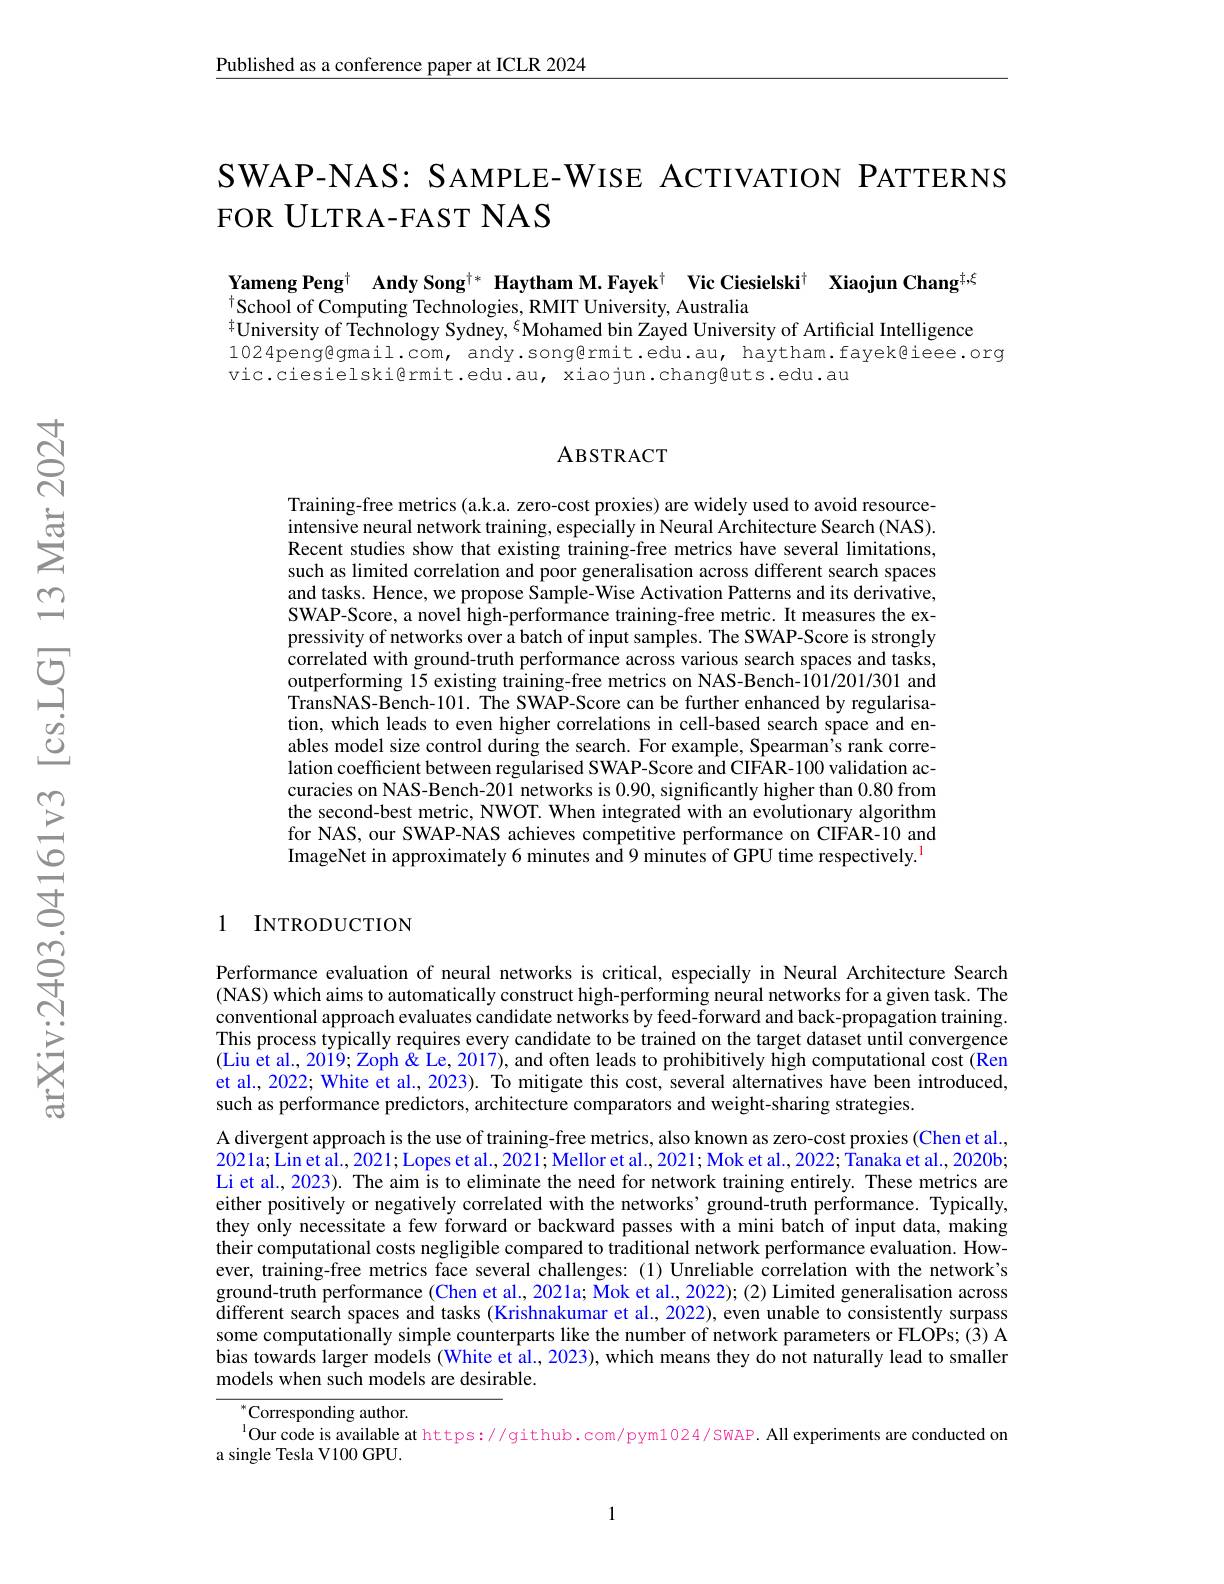
$\underline{\text{Published as a conference paper at ICLR 2024}}$

SWAP-NAS: SAMPLE-WISE ACTIVATION PATTERNS
FOR ULTRA-FAST NAS

Yameng Peng$^{\dagger}$ Andy Song$^{\dagger*}$ Haytham M.Fayek$^{\dagger}$ Vic Ciesielski$^{\dagger}$ Xiaojun Chang$^{\dagger,\xi}$
$^{\dagger}$School of Computing Technologies, RMIT University, Australia
$^{\dagger}$University of Technology Sydney, $^{\xi}$Mohamed bin Zayed University of Artificial Intelligence
1024peng@gmail.com, andy.song@rmit.edu.au, haytham.fayek@iee.org
vic.ciesielski@rmit.edu.au, xiaojun.chang@uts.edu.au

### ABSTRACT

Training-free metrics(a.k.a. zero-cost proxies) are widely used to avoid resourceintensive neural network training, especially in Neural Architecture Search (NAS). Recent studies show that existing training-free metrics have several limitations, such as limited correlation and poor generalisation across different search spaces and tasks. Hence, we propose Sample- Wise Activation Patterns and its derivative, SWAP-Score, a novel high-performance training-free metric. It measures the expressivity of networks over a batch of input samples. The SWAP-Score is strongly correlated with ground-truth performance across various search spaces and tasks, outperforming 15 existing training-free metrics on NAS-Bench-101/201/301 and TransNAS-Bench-101. The SWAP-Score can be further enhanced by regularisation, which leads to even higher correlations in cell-based search space and enables model size control during the search. For example, Spearman's rank correlation coefficient between regularised SWAP-Score and CIFAR-100 validation accuracies on NAS-Bench-201 networks is 0.90,significantly higher than 0.80 from the second-best metric, NWOT. When integrated with an evolutionary algorithm for NAS, our SWAP-NAS achieves competitive performance on CIFAR-10 and ImageNet in approximately 6 minutes and 9 minutes of GPU time respectively.$^{1}$

### 1 INTRODUCTION

Performance evaluation of neural networks is critical, especially in Neural Architecture Search (NAS) which aims to automatically construct high-performing neural networks for a given task. The conventional approach evaluates candidate networks by feed-forward and back-propagation training. This process typically requires every candidate to be trained on the target dataset until convergence $(\bar{\text{Liu et al., 2019; Zoph \& Le, 2017), and often leads to prohibitively high computational cost }(\bar{\text{Ren}})}$ et al., 2022; White et al., 2023). To mitigate this cost, several alternatives have been introduced, such as performance predictors, architecture comparators and weight-sharing strategies.
A divergent approach is the use of training-free metrics, also known as zero-cost proxies (Chen et al., 2021a; Lin et al., 2021; Lopes et al., 2021; Mellor et al., 2021; Mok et al., 2022; Tanaka et al., 2020b; Li et al., 2023). The aim is to eliminate the need for network training entirely. These metrics are either positively or negatively correlated with the networks' ground-truth performance. Typically, they only necessitate a few forward or backward passes with a mini batch of input data, making their computational costs negligible compared to traditional network performance evaluation. However, training-free metrics face several challenges:(1) Unreliable correlation with the network's ground-truth performance (Chen et al., 2021a; Mok et al., 2022); (2) Limited generalisation across $\tilde{\text{different search spaces and tasks(Krishnakumar et al., 2022), even unable to consistently surpass}}$ some computationally simple counterparts like the number of network parameters or FLOPs; (3) A bias towards larger models (White et al., 2023), which means they do not naturally lead to smaller models when such models are desirable.

$^{*}$Corresponding author.
$^{1}$Our code is available at https://github.com/pym1024/SWAP. All experiments are conducted on
a single Tesla V100 GPU.

1